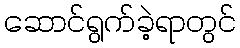
ဆောင်ရွက်ခဲ့ရာတွင်